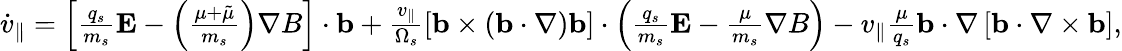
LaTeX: \begin{array}{r}{{\dot{v}_{\parallel}}=\left[\frac{q_{s}}{m_{s}}\mathbf{E}-\left(\frac{\mu+\tilde{\mu}}{m_{s}}\right)\nabla B\right]\cdot\mathbf{b}+\frac{v_{\parallel}}{\Omega_{s}}\left[\mathbf{b}\times(\mathbf{b}\cdot\nabla)\mathbf{b}\right]\cdot\left(\frac{q_{s}}{m_{s}}\mathbf{E}-\frac{\mu}{m_{s}}\nabla B\right)-v_{\parallel}\frac{\mu}{q_{s}}\mathbf{b}\cdot\nabla\left[\mathbf{b}\cdot\nabla\times\mathbf{b}\right],}\end{array}